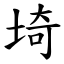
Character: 埼